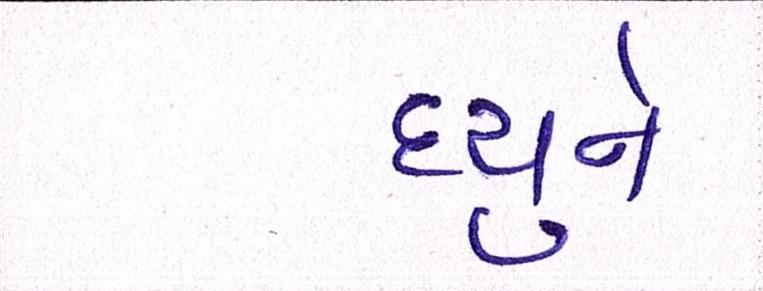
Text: હ્યુને